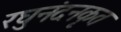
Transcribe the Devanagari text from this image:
रघुनंदनकृत